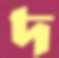
দ